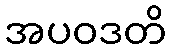
အပဝဒတိ